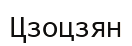
Цзоцзян